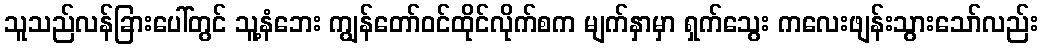
သူသည်လန်ခြားပေါ်တွင် သူ့နံဘေး ကျွန်တော်ဝင်ထိုင်လိုက်စက မျက်နှာမှာ ရှက်သွေး ကလေးဖျန်းသွားသော်လည်း